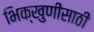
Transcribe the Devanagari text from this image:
भिक्खुणीसाठी